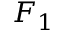
F _ { 1 }